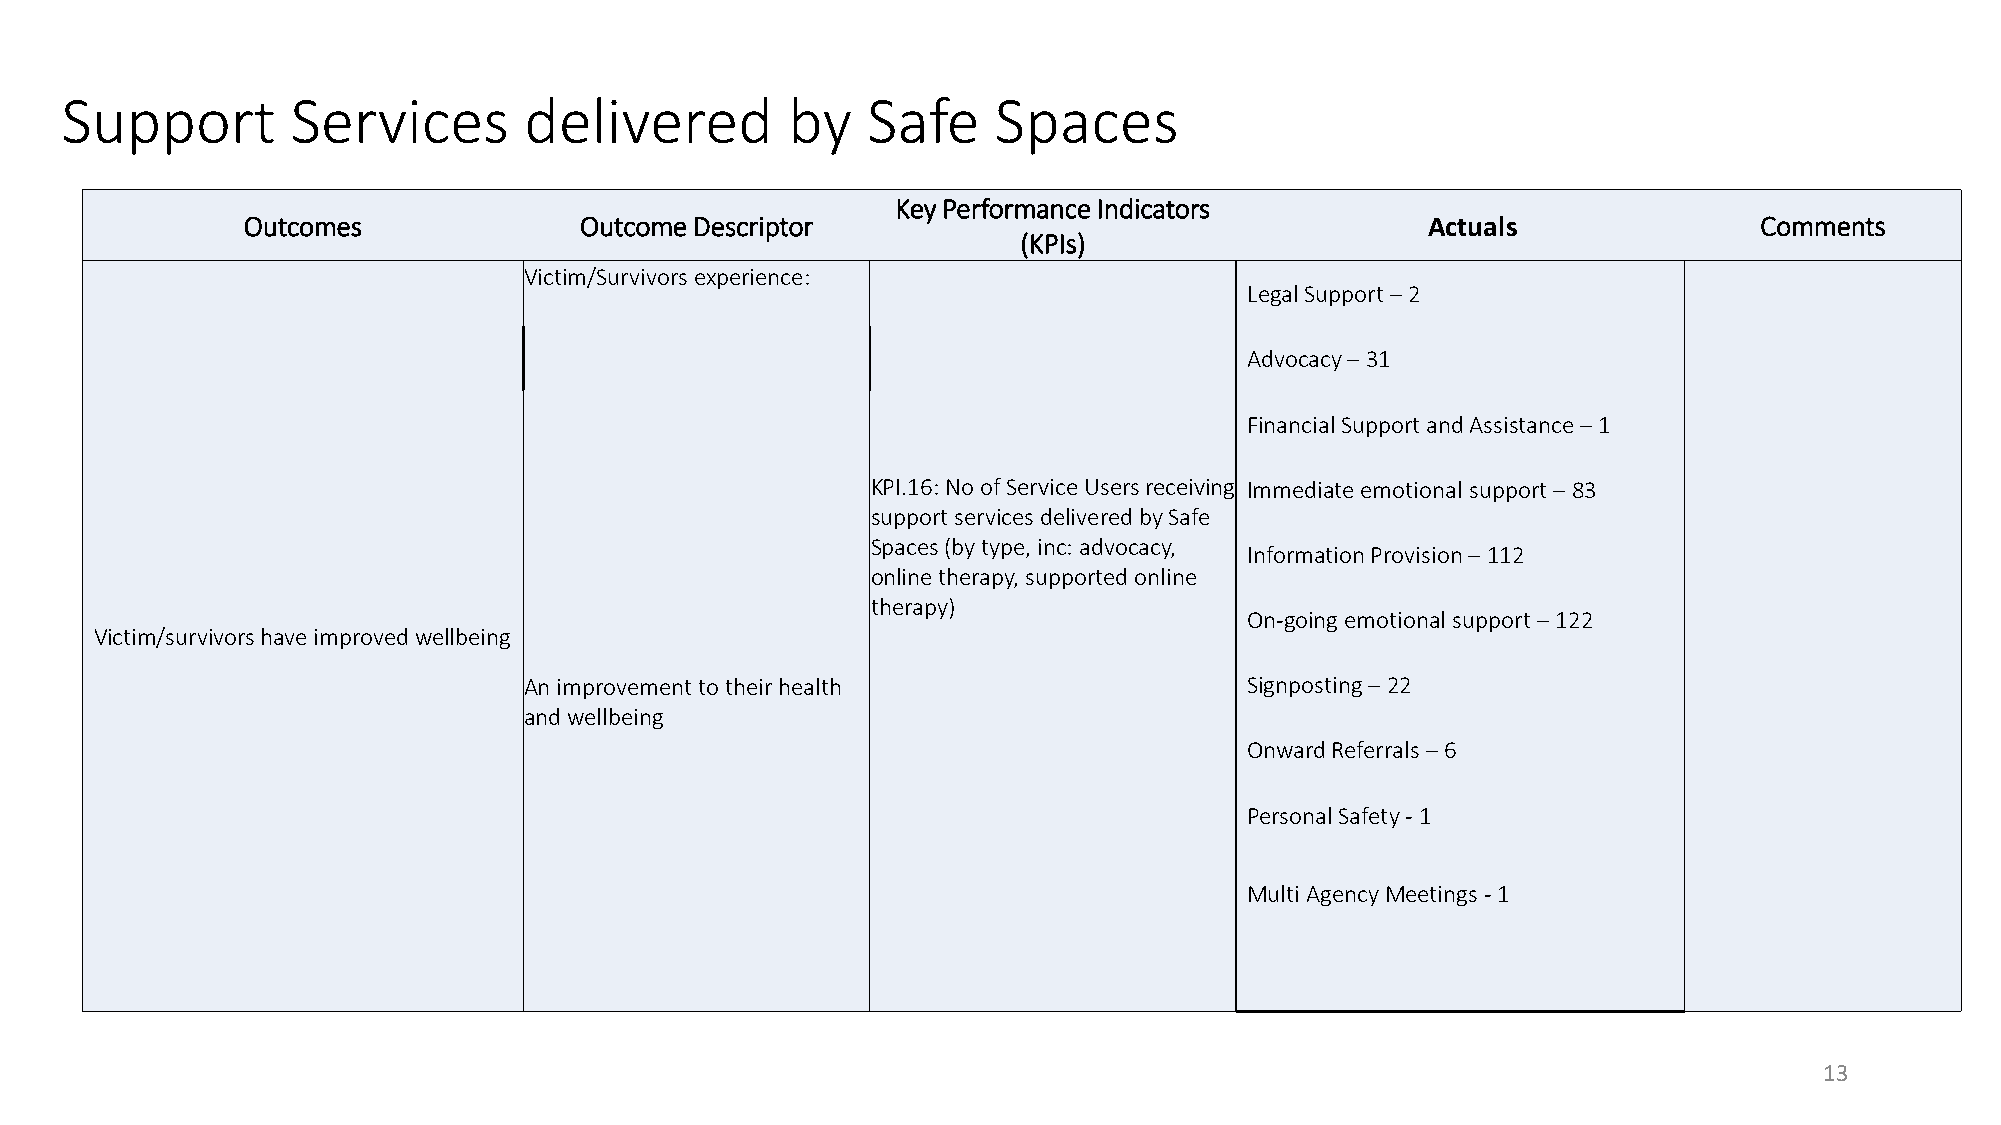
Support        Services        delivered        by   Safe     Spaces
 Key Performance Indicators
 Outcomes              Outcome Descriptor                                      Actuals               Comments
 (KPIs)
 Victim/Survivorsexperience:
 LegalSupport –2
 Advocacy –31
 Financial Support and Assistance –1
 KPI.16: No of Service Users receiving Immediate emotional support –83
 support services delivered by Safe
 Spaces (by type, inc: advocacy,
 Information Provision –112
 online therapy, supported online
 therapy)
 On-going emotional support –122
 Victim/survivors have improved wellbeing
 An improvement to their health                  Signposting –22
 and wellbeing
 Onward Referrals–6
 PersonalSafety -1
 Multi AgencyMeetings -1
 13